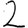
Digit: 2